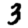
Digit: 3